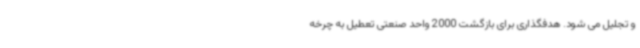
و تجلیل می شود. هدفگذاری برای بازگشت 2000 واحد صنعتی تعطیل به چرخه